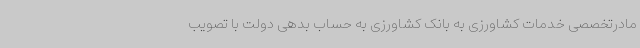
مادرتخصصی خدمات کشاورزی به بانک کشاورزی به حساب بدهی دولت با تصویب